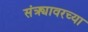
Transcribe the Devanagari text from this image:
संत्र्यावरच्या